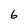
Character: 6